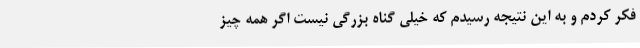
فکر کردم و به این نتیجه رسیدم که خیلی گناه بزرگی نیست اگر همه چیز